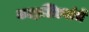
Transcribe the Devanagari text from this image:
काष्ठशिल्पांचे